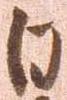
日